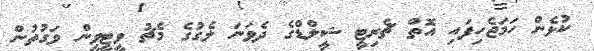
ކުޅެން ހަމަޖެހިފައި އޮތް ޗެރިޓީ ޝީލްޑްގެ ދެވަނަ ލެގުގެ މެޗު ވީޓީވީން ވަގުތުން